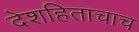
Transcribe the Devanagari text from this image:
देशहिताचाच